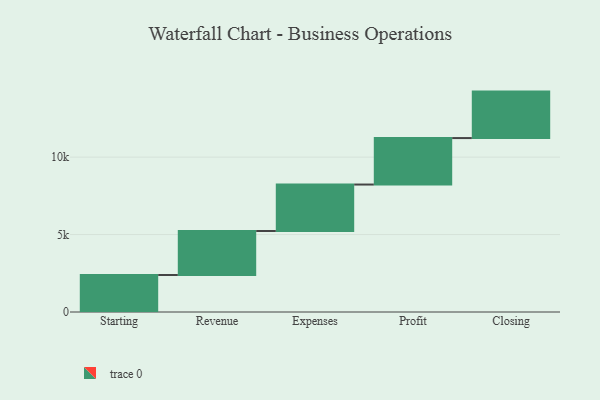
{"axis": {"x": "Step", "y": "Value"}, "legend": [""], "data": [{"x": "Starting", "y": 2388.0, "type": ""}, {"x": "Revenue", "y": 2841.0, "type": ""}, {"x": "Expenses", "y": 3000.0, "type": ""}, {"x": "Profit", "y": 3000, "type": ""}, {"x": "Closing", "y": 3000, "type": ""}]}